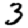
Digit: 3